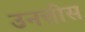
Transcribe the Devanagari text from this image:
उनत्तीस